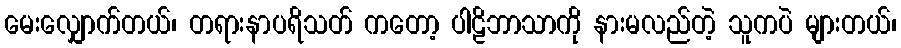
မေးလျှောက်တယ်၊ တရားနာပရိသတ် ကတော့ ပါဠိဘာသာကို နားမလည်တဲ့ သူကပဲ များတယ်၊